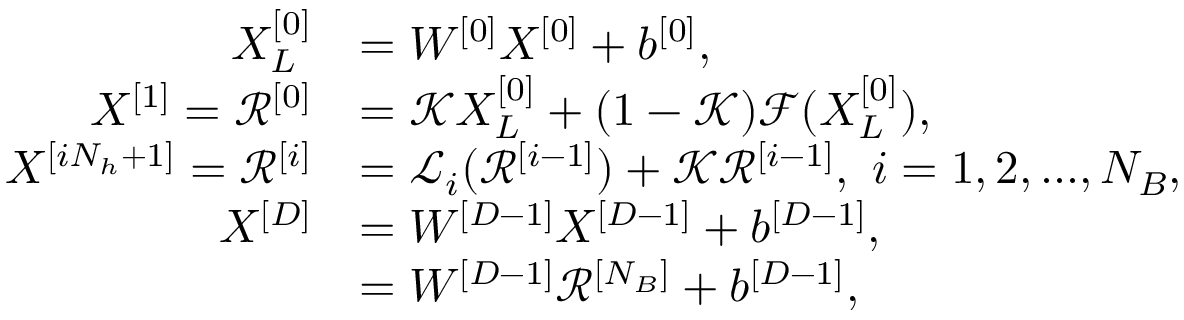
\begin{array} { r l } { X _ { L } ^ { [ 0 ] } } & { = W ^ { [ 0 ] } X ^ { [ 0 ] } + b ^ { [ 0 ] } , } \\ { { X } ^ { [ 1 ] } = \mathcal { R } ^ { [ 0 ] } } & { = \mathcal { K } X _ { L } ^ { [ 0 ] } + ( 1 - \mathcal { K } ) \mathcal { F } ( X _ { L } ^ { [ 0 ] } ) , } \\ { { X } ^ { [ i N _ { h } + 1 ] } = \mathcal { R } ^ { [ i ] } } & { = \mathcal { L } _ { i } ( \mathcal { R } ^ { [ i - 1 ] } ) + \mathcal { K } \mathcal { R } ^ { [ i - 1 ] } , \ i = 1 , 2 , . . . , N _ { B } , } \\ { X ^ { [ D ] } } & { = W ^ { [ D - 1 ] } X ^ { [ D - 1 ] } + b ^ { [ D - 1 ] } , } \\ & { = W ^ { [ D - 1 ] } \mathcal { R } ^ { [ N _ { B } ] } + b ^ { [ D - 1 ] } , } \end{array}